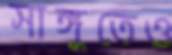
সাঙ্গুতেও